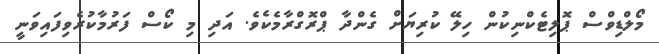
މޯލްޑިވްސް ޕޮލިޓެކްނިކުން ހިލޭ ކުރިޔަށް ގެންދާ ޕްރޮގްރާމެކެވެ. އަދި މި ކޯސް ފަރުމާކުރެވިފައިވަނީ